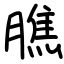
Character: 膲